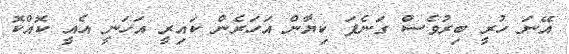
އޭނަ ހުރީ ބިރުވެސް ގަނެފަ ކިޔާން އަހަރެން ކައިރީ އަހަނީ އެއީ ކޮއްކޮ